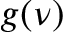
g ( \nu )